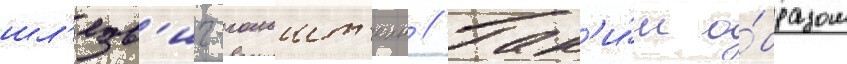
шл'езв'иг-гольшт'еин // Так'и́м о́бразом